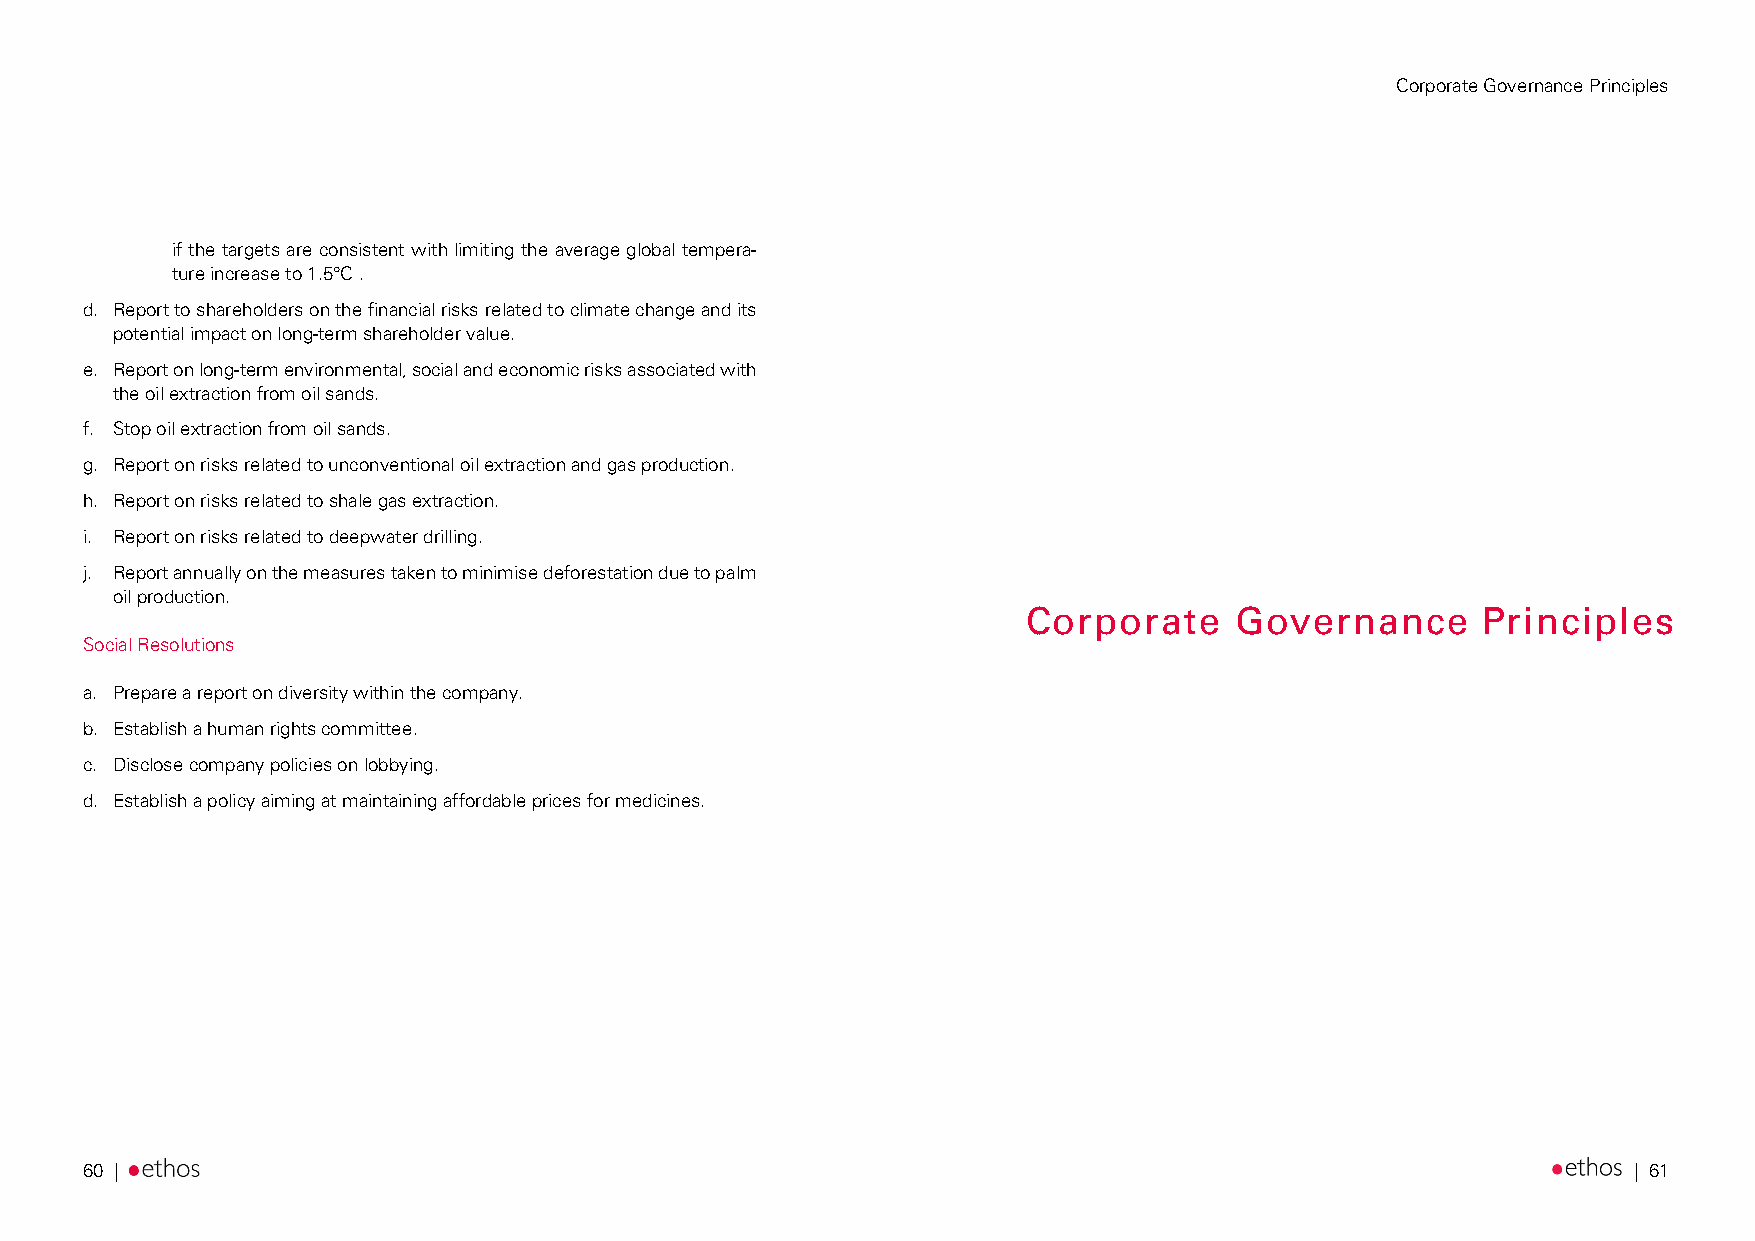
Corporate Governance Principles
 if the targets are consistent with limiting the average global tempera-
 ture increase to 1.5°C .
 d. Report to shareholders on the financial risks related to climate change and its
 potential impact on long-term shareholder value.
 e. Report on long-term environmental, social and economic risks associated with
 the oil extraction from oil sands.
 f. Stop oil extraction from oil sands.
 g. Report on risks related to unconventional oil extraction and gas production.
 h. Report on risks related to shale gas extraction.
 i. Report on risks related to deepwater drilling.
 j. Report annually on the measures taken to minimise deforestation due to palm
 oil production.
 Corporate     Governance      Principles
 Social Resolutions
 a. Prepare a report on diversity within the company.
 b. Establish a human rights committee.
 c. Disclose company policies on lobbying.
 d. Establish a policy aiming at maintaining affordable prices for medicines.
 60 |                                                                                                   | 61